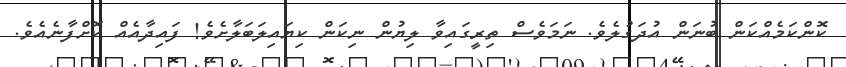
ކޮންކަމެއްކަން ބުނަން އުދަގުލެވެ. ނަމަވެސް ތިރީގައިވާ ލިޔުން ނިކަން ކިޔައިލަބަލާށެވެ! ފައިދާއެއް ކޮށްފާނެއެވެ.